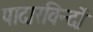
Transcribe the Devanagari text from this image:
पादारविन्दों